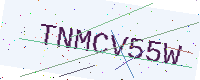
Text: TNMCV55W